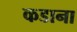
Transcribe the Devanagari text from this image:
कडाना